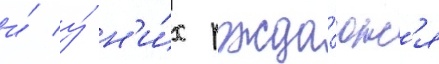
и́ у́ н'и́х рожда́ютс'я